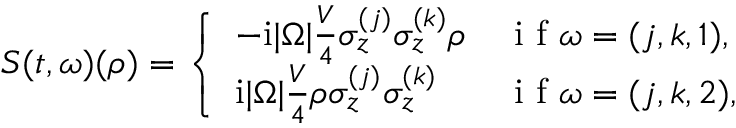
S ( t , \omega ) ( { \rho } ) = \left\{ \begin{array} { l l } { - \mathrm { i } | \Omega | \frac { V } { 4 } \sigma _ { z } ^ { ( j ) } \sigma _ { z } ^ { ( k ) } { \rho } } & { \mathrm { ~ i ~ f ~ } \omega = ( j , k , 1 ) , } \\ { \mathrm { i } | \Omega | \frac { V } { 4 } { \rho } \sigma _ { z } ^ { ( j ) } \sigma _ { z } ^ { ( k ) } } & { \mathrm { ~ i ~ f ~ } \omega = ( j , k , 2 ) , } \end{array} \right.